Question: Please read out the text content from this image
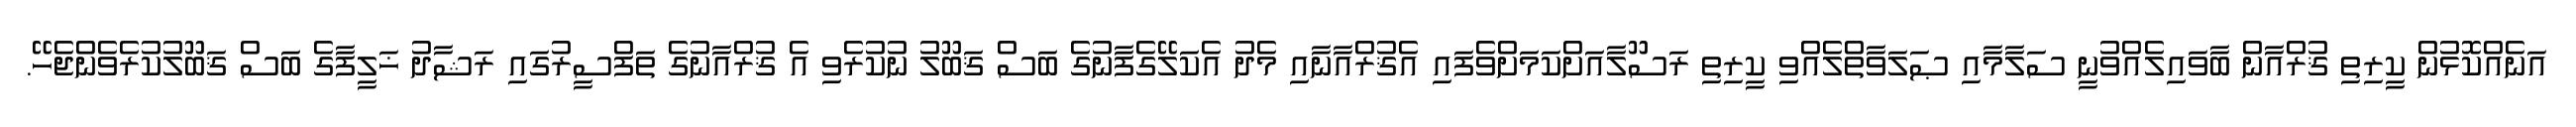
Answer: އަނެއްކޮޅުން ކީރިތި ޤުރްއާން ބާވައިލެއްވުނީ ސަލާމާއި ޞަލަވާތްލެއްވި ކީރިތި ރަސޫލާއަށްކަމަށްވެފައި އެޤުރްއާނާއި މެދު އެކަލޭގެފާނުގެ ބަސް ޤަބޫލު ނުކުރެވި އެ ޤުރްއާނުގެ ތަފްސީރުގައި ރަޝާދު ޚަލީފާގެ ބަސް ޤަބޫލުކުރެވެންޖެހޭ.